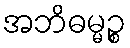
အဘိဓမ္မဉ္စ